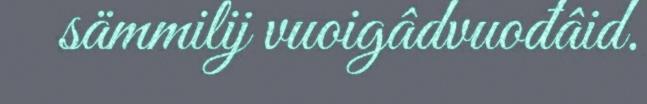
sämmilij vuoigâdvuođâid.